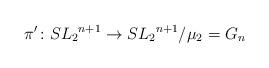
LaTeX: \begin{align*}\pi'\colon {SL_2}^{n+1}\to {SL_2}^{n+1}/\mu_2=G_n\end{align*}